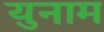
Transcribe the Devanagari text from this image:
युनाम